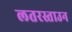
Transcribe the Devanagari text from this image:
लतरस्ताउन